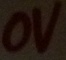
Text: 0V